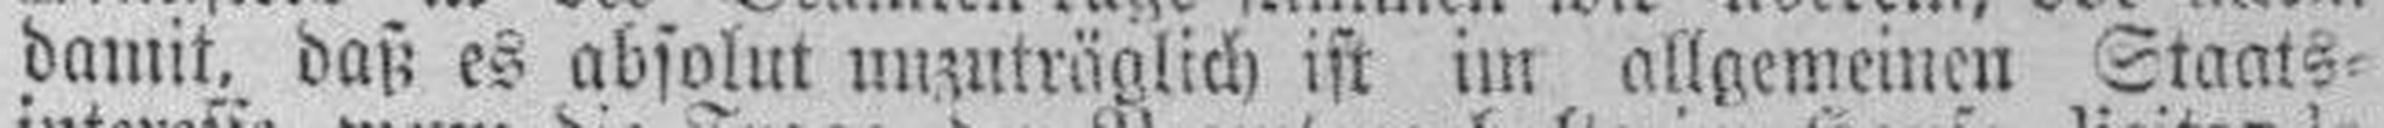
damit, daß es absolut unzuträglich ist im allgemeinen Staats¬